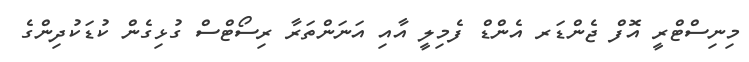
މިނިސްޓްރީ އޮފް ޖެންޑަރ އެންޑް ފެމިލީ އާއި އަނަންތަރާ ރިސޯޓްސް ގުޅިގެން ކުޑަކުދިންގެ